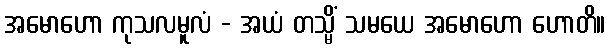
အမောဟော ကုသလမူလံ - အယံ တသ္မိံ သမယေ အမောဟော ဟောတိ။